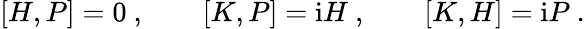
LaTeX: [H,P]=0\ ,\qquad[K,P]=\mathrm{i}H\ ,\qquad[K,H]=\mathrm{i}P\ .